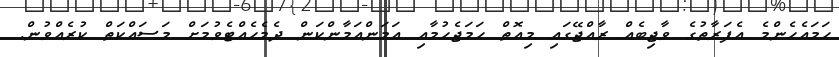
ހަމައެހެންމެ އެފަރާތުގެ ވާޖިބެއް ރާއްޖޭގައި މިއޮތް ހަމަޖެހުމާއި އަމަންއަމާންކަން ދެމެހެއްޓެވުމަށް މަސައްކަތް ކުރެއްވުން.